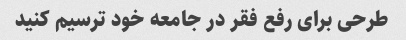
طرحی برای رفع فقر در جامعه خود ترسیم کنید